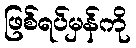
ဖြစ်ရပ်မှန်ကို